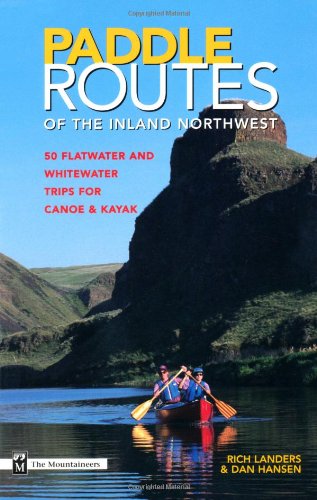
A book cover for Paddle Routes of the Inland Northwest: 50 Flatwater and Waterwater Trips for Canoe & Kayak; Rich Landers; Travel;